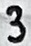
Text: 3